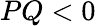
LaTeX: PQ<0